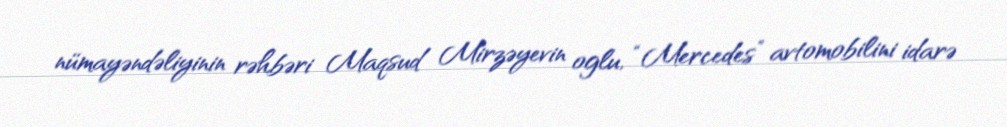
nümayəndəliyinin rəhbəri Maqsud Mirzəyevin oglu, “Mercedes” avtomobilini idarə